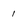
Character: 1